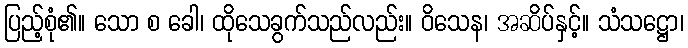
ပြည့်စုံ၏။ သော စ ခေါ၊ ထိုသေခွက်သည်လည်း။ ဝိသေန၊ အဆိပ်နှင့်။ သံသဋ္ဌော၊